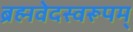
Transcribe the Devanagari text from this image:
ब्रह्मवेदस्वरूपम्